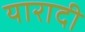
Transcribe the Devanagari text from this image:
यारादी